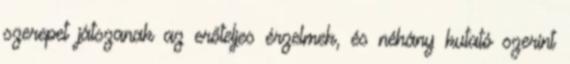
szerepet játszanak az erőteljes érzelmek, és néhány kutató szerint